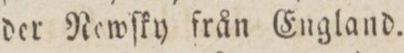
der Newſky från England.